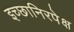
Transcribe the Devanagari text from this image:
इच्छानिरपेक्ष